Annual report on the working of the mental hospitals in the Madras Presidency - 1912-1932
Year: 1912
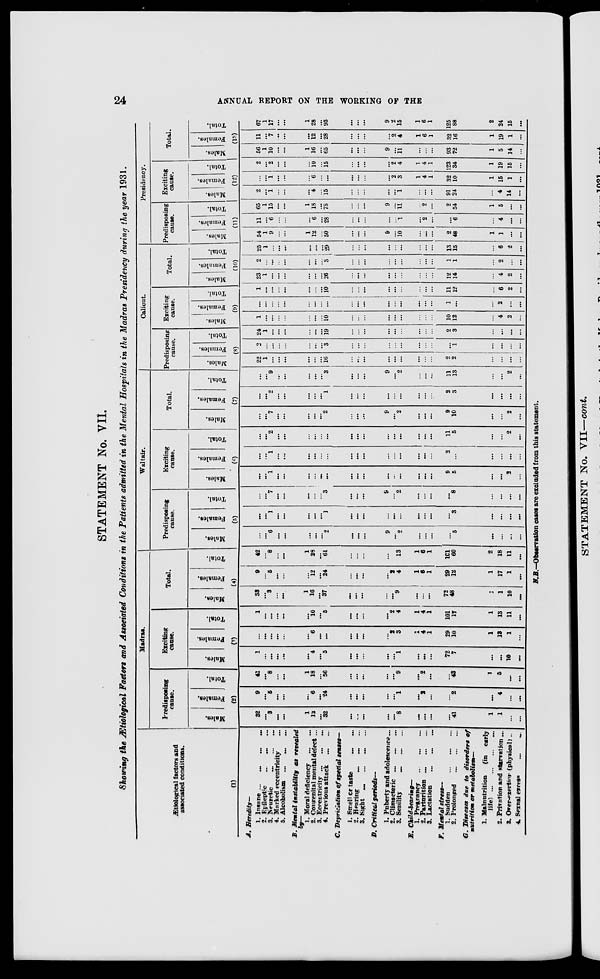
24 ANNUAL REPORT ON THE WORKING OF THE
STATEMENT No. VII.
Showing the Ætiological Factors and Associated Conditions in the Patients admitted in the Mental Hospitals in the Madras Presidency during the year 1931.
Ætiological factors and
associated conditions.
(1)
A. Heredity—
1. Insane ...
...
...
...
2. Epileptic
...
...
...
3. Neuretic
...
...
...
4. Harked eccentricity ...
5. Alcoholism ... ... ...
B. Mental instability
as revealed
1. Moral deficiency
...
...
2. Congenital mental defect ...
3. Eccentricity
...
...
...
4. Previous attack
...
...
C. Depriclation of special senses—
1. Smell or taste ... ...
2. Hearing
...
...
...
3. Sight ... ... ... ... ...
D. Critical
periods—
1. Puberty and adolescence ...
2. Climacteric
...
...
...
3. Senility ... ... ...
E.
Child-bearing—
1. Pregnancy ... ... ...
2. Parturition
...
...
...
3. Lactation ... ... ...
F. Mental stress—
1. Sudden ... ... ...
2. Prolonged ... ... ...
G. Diseases due to disorders of
nutrition or metabolism—
1. Malnutrition
(in early
life)...
...
...
...
2. Privation and starvation ...
3. Over-exertior (physical) ...
4. Sexnal
excess
...
...
Madras.
Predisposing
cause.
Males.
Females.
Total.
(2)
32
...
3
...
...
1
12
...
32
...
...
...
...
...
8
...
...
...
...
41
1
1
...
...
9
...
6
...
...
...
6
...
24
...
...
...
...
...
1
...
3
...
. ..
2
...
4
...
...
41
...
8
...
...
1
18
...
56
...
...
...
...
...
9
...
2
...
...
48
1
5
...
...
Exciting
cause.
Males.
Females.
Total.
(3)
1
...
...
...
...
...
4
...
5
...
...
...
...
...
1
...
...
...
72
7
...
...
10
...
...
...
...
...
...
...
6
...
...
...
...
...
...
2
3
1
4
1
29
10
1
13
1
...
1
...
...
...
...
...
10
...
5
...
...
...
...
2
4
1
4
1
101
17
1
13
11
...
Total.
Males.
Females.
Total.
(4)
38
...
3
...
...
1
16
. ..
37
...
...
...
...
...
9
...
...
...
73
48
...
1
10
...
9
...
5
...
...
...
12
...
24
...
...
...
...
2
4
1
6
1
29
12
1
17
1
...
42
...
8
...
...
1
28
...
61
...
...
...
...
...
13
1
6
1
101
60
2
18
11
...
Waltair.
Predisposing
cause.
Males.
Females.
Total.
(5)
...
...
6
...
...
...
...
...
2
...
...
...
9
...
2
...
...
...
...
5
...
...
...
...
...
...
1
...
...
...
...
...
1
...
...
...
...
...
...
...
...
...
...
3
...
...
...
...
...
...
7
...
...
...
...
...
3
...
...
...
9
...
2
...
...
...
...
8
...
...
...
...
Exciting
cause.
Males.
Females.
Total.
(6)
...
...
1
...
...
5
...
...
...
...
...
...
...
...
...
...
. ..
. ..
9
5
...
...
2
...
...
...
1
...
...
...
...
...
...
...
...
...
...
...
...
...
...
...
2
...
...
...
...
...
...
...
2
...
...
...
. ..
...
...
...
...
...
...
...
...
...
...
...
11
5
...
...
2
...
Total.
Males.
Females.
Total.
(7)
. ..
...
7
...
...
...
...
...
2
...
...
...
9
...
2
...
...
...
9
10
...
...
2
...
...
...
2
. ..
...
...
...
...
1
...
...
...
...
...
...
...
...
...
2
3
...
...
...
...
...
...
9
...
...
...
...
3
...
...
...
9
...
2
...
...
...
11
13
...
...
2
...
Calicut.
Predisposing
cause.
Males.
Females.
Total.
(8)
22
1
...
...
...
...
...
...
16
...
...
...
...
...
...
...
...
...
2
2
...
...
...
2
...
...
...
...
...
...
...
3
...
...
...
...
...
...
...
...
...
...
1
...
...
...
...
24
1
...
...
...
...
...
...
19
...
...
...
...
...
...
...
...
...
2
3
...
...
...
...
Exciting
cause.
Males.
Females.
Total.
(9)
1
. ..
...
...
...
...
...
10
...
...
...
...
...
...
...
...
...
10
12
...
4
2
...
...
...
...
...
...
...
...
...
...
...
...
...
...
...
...
...
...
...
1
...
...
2
...
. ..
1
. ..
...
...
...
...
...
...
10
...
...
...
...
...
...
...
...
...
11 12
...
6
2
...
Total.
Males.
Females.
Total.
(10)
23
1
. ..
...
...
...
...
...
26
...
...
...
...
...
...
...
...
...
12
14
...
4
2
...
2
...
...
...
...
...
...
...
3
...
...
...
...
...
...
...
...
...
1
1
...
2
...
...
25
1
...
...
...
...
...
...
29
...
...
...
...
...
...
...
...
...
13
15
...
6
2
...
Presidency.
Predisposing
cause.
Males.
Females.
Total.
(11)
54
1
9
...
...
1
12
...
56
...
...
...
9
. ..
10
...
...
...
2
48
1
1
...
...
11
...
6
...
...
...
6
...
28
...
...
...
...
...
1
...
2
...
...
6
...
4
. ..
...
65
1
15
...
...
1
18
...
78
...
...
...
9
...
11
...
2
...
2
54
1
5
...
...
Exciting
cause.
Males.
Females.
Total.
(12)
2
...
1
...
...
...
4
...
15
...
...
...
...
1
...
...
...
91
24
...
4
14
...
...
...
1
...
...
...
6
...
...
...
. ..
...
...
2
3
1
4
1
32
10
1
15
1
...
2
...
2
...
...
...
10
...
15
...
...
...
...
2 4
1
4
1
123
34
1
19
15
...
Total.
Males.
Females.
Total.
(13)
56
1
10
...
...
1
16
...
65
...
...
...
9
...
11
...
...
...
93
72
1
5
14
...
11
...
7
. ..
...
...
12
...
28
...
...
...
...
2
4
1
6
1
32
16
1
19
1
...
67
1
17
...
...
1
28
...
93
...
. ..
...
9
2
15
1
6
1
125
88
2
24
15
...
N.B—Observation cases are excluded from this statement.